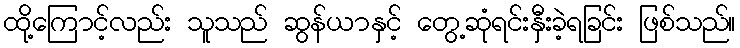
ထို့ကြောင့်လည်း သူသည် ဆွန်ယာနှင့် တွေ့ဆုံရင်းနှီးခဲ့ရခြင်း ဖြစ်သည်။